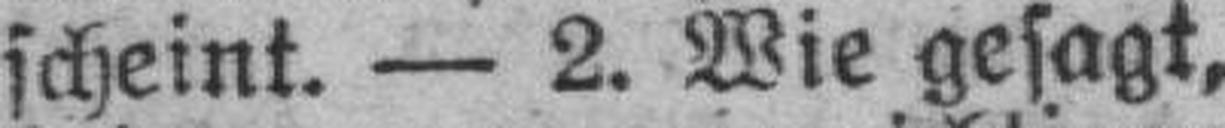
scheint. — 2. Wie gesagt,